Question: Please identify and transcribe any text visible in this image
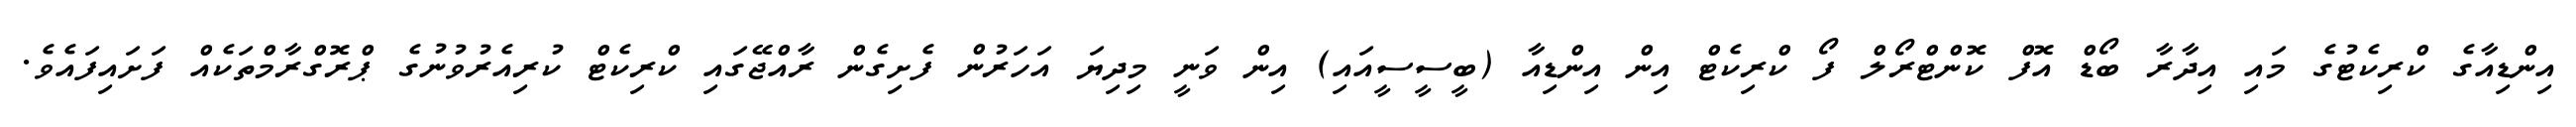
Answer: އިންޑިއާގެ ކްރިކެޓުގެ މައި އިދާރާ ބޯޑް އޮފް ކޮންޓްރޯލް ފޯ ކްރިކެޓް އިން އިންޑިއާ (ބީސީސީއައި) އިން ވަނީ މިދިޔަ އަހަރުން ފެށިގެން ރާއްޖޭގައި ކްރިކެޓް ކުރިއެރުވުނުގެ ޕްރޮގްރާމްތަކެއް ފަށައިފައެވެ.